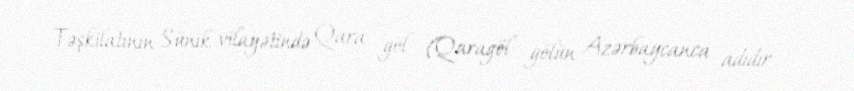
Təşkilatının Sünik vilayətində Qara göl (Qaragöl gölün Azərbaycanca adıdır -